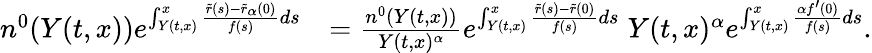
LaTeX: \begin{array}{rl}{n^{0}(Y(t,x))e^{\int_{Y(t,x)}^{x}{\frac{\tilde{r}(s)-\tilde{r}_{\alpha}(0)}{f(s)}ds}}}&{=\frac{n^{0}(Y(t,x))}{Y(t,x)^{\alpha}}e^{\int_{Y(t,x)}^{x}{\frac{\tilde{r}(s)-\tilde{r}(0)}{f(s)}ds}}\; Y(t,x)^{\alpha}e^{\int_{Y(t,x)}^{x}{\frac{\alpha f^{\prime}(0)}{f(s)}}ds}.}\end{array}